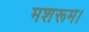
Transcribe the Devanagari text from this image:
मशरूम।